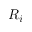
R _ { i }